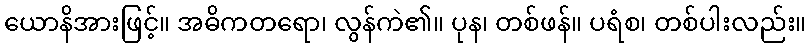
ယောနိအားဖြင့်။ အဓိကတရော၊ လွန်ကဲ၏။ ပုန၊ တစ်ဖန်။ ပရံစ၊ တစ်ပါးလည်း။